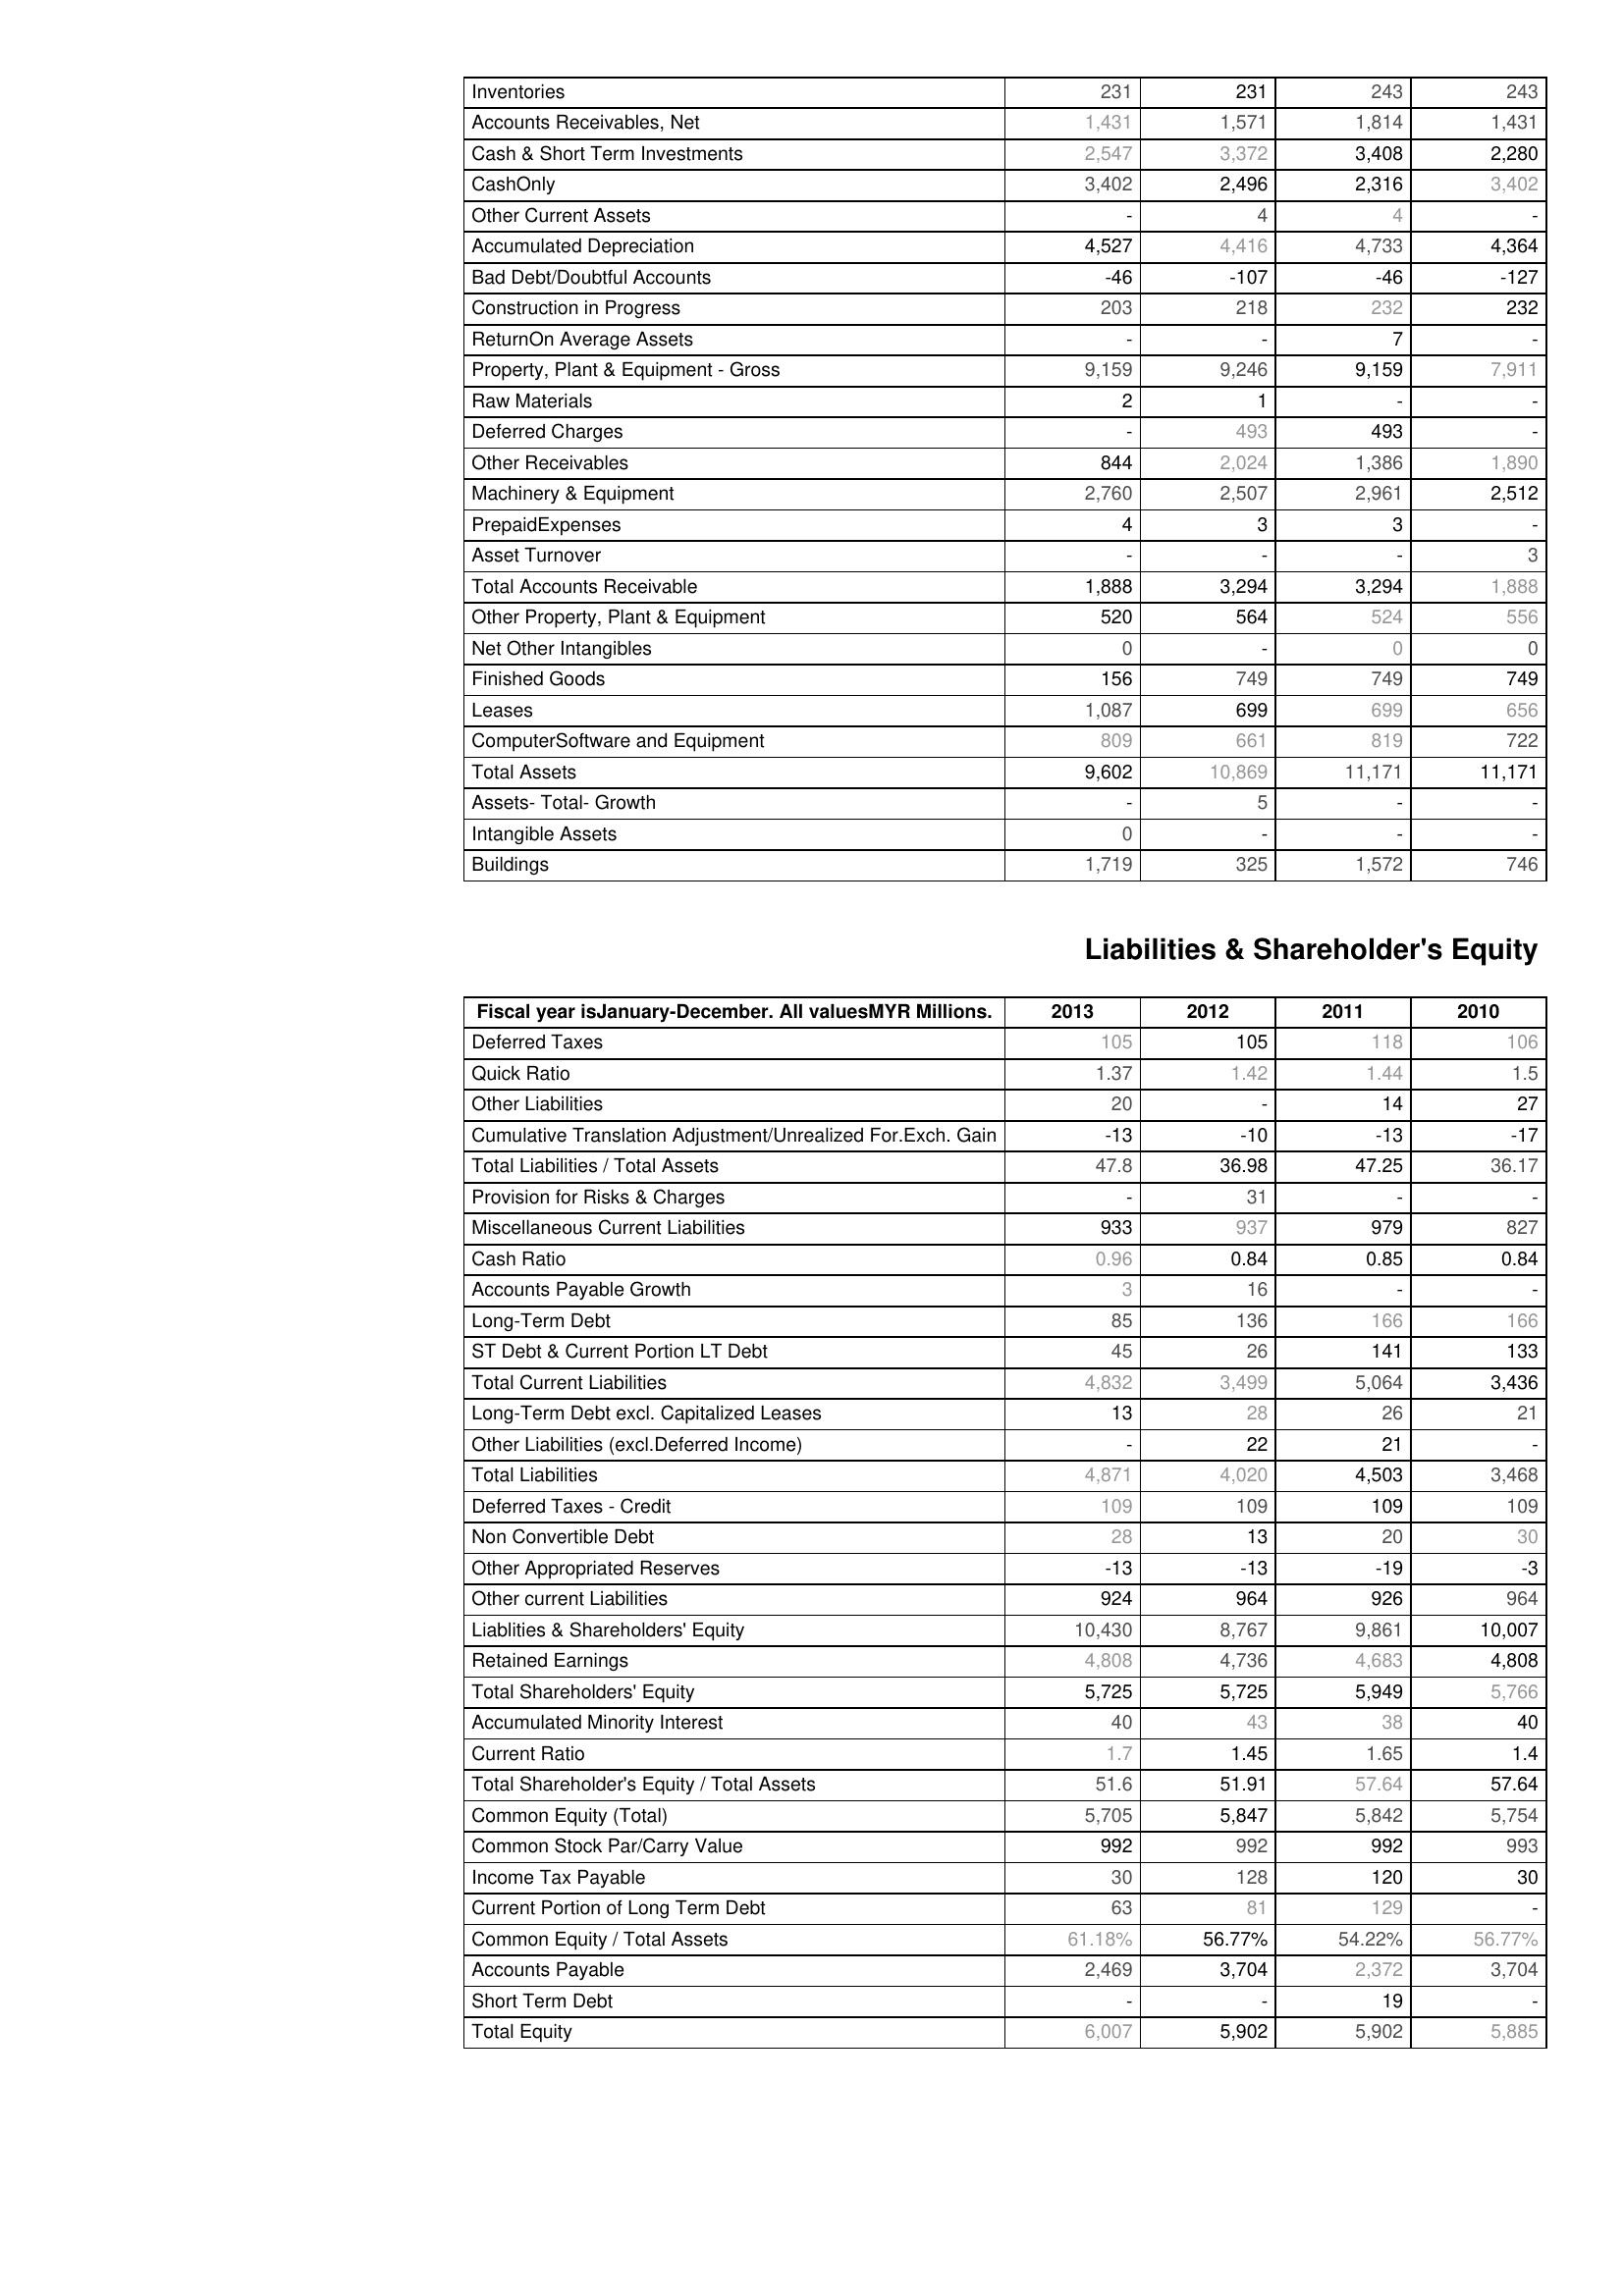
2013: Assets: Inventories: 231
Accounts Receivables, Net: 1,431
Cash & Short Term Investments: 2,547
CashOnly: 3,402
Other Current Assets: -
Accumulated Depreciation: 4,527
Bad Debt/Doubtful Accounts: -46
Construction in Progress: 203
ReturnOn Average Assets: -
Property, Plant & Equipment - Gross : 9,159
Raw Materials: 2
Deferred Charges: -
Other Receivables: 844
Machinery & Equipment: 2,760
PrepaidExpenses: 4
Asset Turnover: -
Total Accounts Receivable: 1,888
Other Property, Plant & Equipment: 520
Net Other Intangibles: 0
Finished Goods: 156
Leases: 1,087
ComputerSoftware and Equipment: 809
Total Assets: 9,602
Assets- Total- Growth: -
Intangible Assets: 0
Buildings: 1,719
Liabilities & Shareholder's Equity: Deferred Taxes: 105
Quick Ratio: 1.37
Other Liabilities: 20
Cumulative Translation Adjustment/Unrealized For.Exch. Gain: -13
Total Liabilities / Total Assets: 47.8
Provision for Risks & Charges: -
Miscellaneous Current Liabilities: 933
Cash Ratio: 0.96
Accounts Payable Growth: 3
Long-Term Debt: 85
ST Debt & Current Portion LT Debt: 45
Total Current Liabilities: 4,832
Long-Term Debt excl. Capitalized Leases: 13
Other Liabilities (excl.Deferred Income): -
Total Liabilities: 4,871
Deferred Taxes - Credit: 109
Non Convertible Debt: 28
Other Appropriated Reserves: -13
Other current Liabilities: 924
Liablities & Shareholders' Equity: 10,430
Retained Earnings: 4,808
Total Shareholders' Equity: 5,725
Accumulated Minority Interest: 40
Current Ratio: 1.7
Total Shareholder's Equity / Total Assets: 51.6
Common Equity (Total): 5,705
Common Stock Par/Carry Value: 992
Income Tax Payable: 30
Current Portion of Long Term Debt: 63
Common Equity / Total Assets: 61.18%
Accounts Payable: 2,469
Short Term Debt: -
Total Equity: 6,007
2012: Assets: Inventories: 231
Accounts Receivables, Net: 1,571
Cash & Short Term Investments: 3,372
CashOnly: 2,496
Other Current Assets: 4
Accumulated Depreciation: 4,416
Bad Debt/Doubtful Accounts: -107
Construction in Progress: 218
ReturnOn Average Assets: -
Property, Plant & Equipment - Gross : 9,246
Raw Materials: 1
Deferred Charges: 493
Other Receivables: 2,024
Machinery & Equipment: 2,507
PrepaidExpenses: 3
Asset Turnover: -
Total Accounts Receivable: 3,294
Other Property, Plant & Equipment: 564
Net Other Intangibles: -
Finished Goods: 749
Leases: 699
ComputerSoftware and Equipment: 661
Total Assets: 10,869
Assets- Total- Growth: 5
Intangible Assets: -
Buildings: 325
Liabilities & Shareholder's Equity: Deferred Taxes: 105
Quick Ratio: 1.42
Other Liabilities: -
Cumulative Translation Adjustment/Unrealized For.Exch. Gain: -10
Total Liabilities / Total Assets: 36.98
Provision for Risks & Charges: 31
Miscellaneous Current Liabilities: 937
Cash Ratio: 0.84
Accounts Payable Growth: 16
Long-Term Debt: 136
ST Debt & Current Portion LT Debt: 26
Total Current Liabilities: 3,499
Long-Term Debt excl. Capitalized Leases: 28
Other Liabilities (excl.Deferred Income): 22
Total Liabilities: 4,020
Deferred Taxes - Credit: 109
Non Convertible Debt: 13
Other Appropriated Reserves: -13
Other current Liabilities: 964
Liablities & Shareholders' Equity: 8,767
Retained Earnings: 4,736
Total Shareholders' Equity: 5,725
Accumulated Minority Interest: 43
Current Ratio: 1.45
Total Shareholder's Equity / Total Assets: 51.91
Common Equity (Total): 5,847
Common Stock Par/Carry Value: 992
Income Tax Payable: 128
Current Portion of Long Term Debt: 81
Common Equity / Total Assets: 56.77%
Accounts Payable: 3,704
Short Term Debt: -
Total Equity: 5,902
2011: Assets: Inventories: 243
Accounts Receivables, Net: 1,814
Cash & Short Term Investments: 3,408
CashOnly: 2,316
Other Current Assets: 4
Accumulated Depreciation: 4,733
Bad Debt/Doubtful Accounts: -46
Construction in Progress: 232
ReturnOn Average Assets: 7
Property, Plant & Equipment - Gross : 9,159
Raw Materials: -
Deferred Charges: 493
Other Receivables: 1,386
Machinery & Equipment: 2,961
PrepaidExpenses: 3
Asset Turnover: -
Total Accounts Receivable: 3,294
Other Property, Plant & Equipment: 524
Net Other Intangibles: 0
Finished Goods: 749
Leases: 699
ComputerSoftware and Equipment: 819
Total Assets: 11,171
Assets- Total- Growth: -
Intangible Assets: -
Buildings: 1,572
Liabilities & Shareholder's Equity: Deferred Taxes: 118
Quick Ratio: 1.44
Other Liabilities: 14
Cumulative Translation Adjustment/Unrealized For.Exch. Gain: -13
Total Liabilities / Total Assets: 47.25
Provision for Risks & Charges: -
Miscellaneous Current Liabilities: 979
Cash Ratio: 0.85
Accounts Payable Growth: -
Long-Term Debt: 166
ST Debt & Current Portion LT Debt: 141
Total Current Liabilities: 5,064
Long-Term Debt excl. Capitalized Leases: 26
Other Liabilities (excl.Deferred Income): 21
Total Liabilities: 4,503
Deferred Taxes - Credit: 109
Non Convertible Debt: 20
Other Appropriated Reserves: -19
Other current Liabilities: 926
Liablities & Shareholders' Equity: 9,861
Retained Earnings: 4,683
Total Shareholders' Equity: 5,949
Accumulated Minority Interest: 38
Current Ratio: 1.65
Total Shareholder's Equity / Total Assets: 57.64
Common Equity (Total): 5,842
Common Stock Par/Carry Value: 992
Income Tax Payable: 120
Current Portion of Long Term Debt: 129
Common Equity / Total Assets: 54.22%
Accounts Payable: 2,372
Short Term Debt: 19
Total Equity: 5,902
2010: Assets: Inventories: 243
Accounts Receivables, Net: 1,431
Cash & Short Term Investments: 2,280
CashOnly: 3,402
Other Current Assets: -
Accumulated Depreciation: 4,364
Bad Debt/Doubtful Accounts: -127
Construction in Progress: 232
ReturnOn Average Assets: -
Property, Plant & Equipment - Gross : 7,911
Raw Materials: -
Deferred Charges: -
Other Receivables: 1,890
Machinery & Equipment: 2,512
PrepaidExpenses: -
Asset Turnover: 3
Total Accounts Receivable: 1,888
Other Property, Plant & Equipment: 556
Net Other Intangibles: 0
Finished Goods: 749
Leases: 656
ComputerSoftware and Equipment: 722
Total Assets: 11,171
Assets- Total- Growth: -
Intangible Assets: -
Buildings: 746
Liabilities & Shareholder's Equity: Deferred Taxes: 106
Quick Ratio: 1.5
Other Liabilities: 27
Cumulative Translation Adjustment/Unrealized For.Exch. Gain: -17
Total Liabilities / Total Assets: 36.17
Provision for Risks & Charges: -
Miscellaneous Current Liabilities: 827
Cash Ratio: 0.84
Accounts Payable Growth: -
Long-Term Debt: 166
ST Debt & Current Portion LT Debt: 133
Total Current Liabilities: 3,436
Long-Term Debt excl. Capitalized Leases: 21
Other Liabilities (excl.Deferred Income): -
Total Liabilities: 3,468
Deferred Taxes - Credit: 109
Non Convertible Debt: 30
Other Appropriated Reserves: -3
Other current Liabilities: 964
Liablities & Shareholders' Equity: 10,007
Retained Earnings: 4,808
Total Shareholders' Equity: 5,766
Accumulated Minority Interest: 40
Current Ratio: 1.4
Total Shareholder's Equity / Total Assets: 57.64
Common Equity (Total): 5,754
Common Stock Par/Carry Value: 993
Income Tax Payable: 30
Current Portion of Long Term Debt: -
Common Equity / Total Assets: 56.77%
Accounts Payable: 3,704
Short Term Debt: -
Total Equity: 5,885